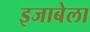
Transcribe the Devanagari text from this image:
इजाबेला